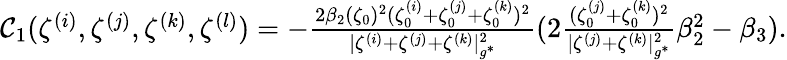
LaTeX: \begin{array}{r}{\mathcal{C}_{1}(\zeta^{(i)},\zeta^{(j)},\zeta^{(k)},\zeta^{(l)})=-\frac{2\beta_{2}(\zeta_{0})^{2}(\zeta_{0}^{(i)}+\zeta_{0}^{(j)}+\zeta_{0}^{(k)})^{2}}{|{\zeta^{(i)}}+{\zeta^{(j)}}+{\zeta^{(k)}}|_{g^{*}}^{2}}(2\frac{(\zeta_{0}^{(j)}+\zeta_{0}^{(k)})^{2}}{|\zeta^{(j)}+\zeta^{(k)}|_{g^{*}}^{2}}\beta_{2}^{2}-\beta_{3}).}\end{array}